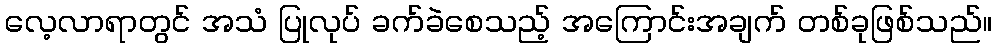
လေ့လာရာတွင် အသံ ပြုလုပ် ခက်ခဲစေသည့် အကြောင်းအချက် တစ်ခုဖြစ်သည်။